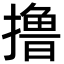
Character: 撸